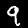
Label: 9